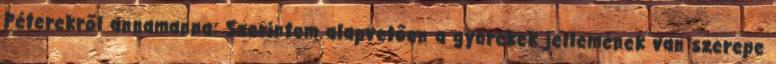
Péterekről annamanna: Szerintem alapvetően a gyerekek jellemének van szerepe